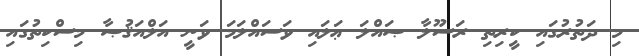
މި ދަތުރުގައި ކީރިތި ރަސޫލާ ޞައްލަ ޢަލައި ވަސައްލަމަ ވަނީ އަލްއަޤުޞާ މިސްކިތުގައި